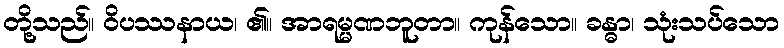
တို့သည်။ ဝိပဿနာယ၊ ၏။ အာရမ္မဏဘူတာ။ ကုန်သော။ ခန္ဓာ၊ သုံးသပ်သော